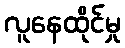
လူနေထိုင်မှု